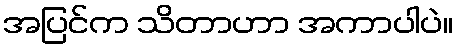
အပြင်က သိတာဟာ အကာပါပဲ။